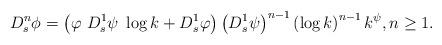
LaTeX: \begin{align*} D^n_s \phi= \left( \varphi \ D^{1}_s \psi \ \log k + D^{1}_s \varphi \right) \left( D^{1}_s \psi \right)^{n-1} \left( \log k \right)^{n-1} k^{\psi},n \ge 1.\end{align*}